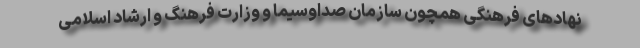
نهادهای فرهنگی همچون سازمان صداوسیما و وزارت فرهنگ و ارشاد اسلامی